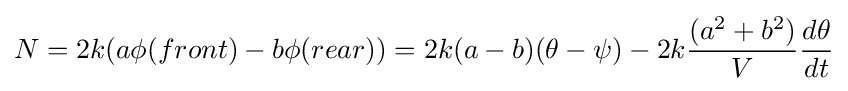
N=2k(a\phi (front)-b\phi (rear))=2k(a-b)(\theta -\psi )-2k{\frac {(a^{2}+b^{2})}{V}}{\frac {d\theta }{dt}}